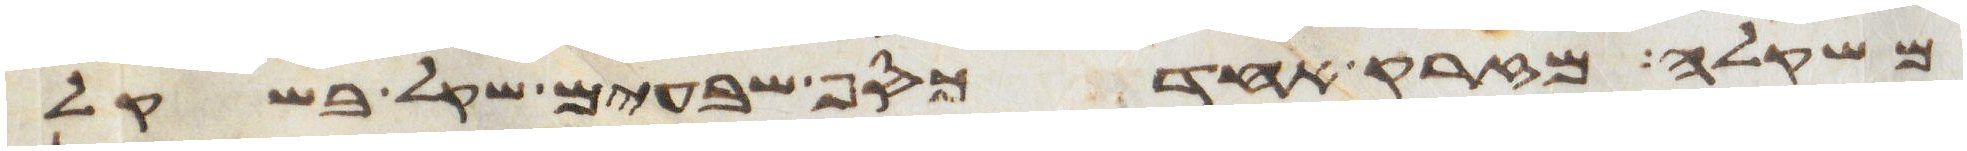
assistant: משקלה מזרק אחד כסף שבעים שקל בשקל